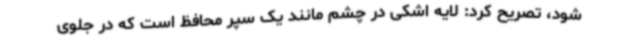
شود، تصریح کرد: لایه اشکی در چشم مانند یک سپر محافظ است که در جلوی